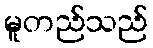
မူတည်သည်